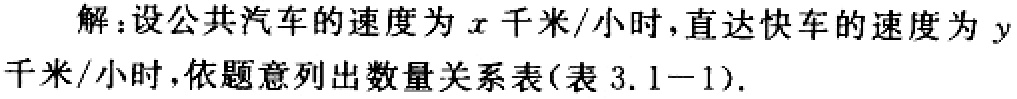
解：设公共汽车的速度为\(x\)千米/小时，直达快车的速度为\(y\)千米/小时，依题意列出数量关系表(表 \(3.1 - 1\))。